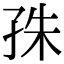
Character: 𡥛